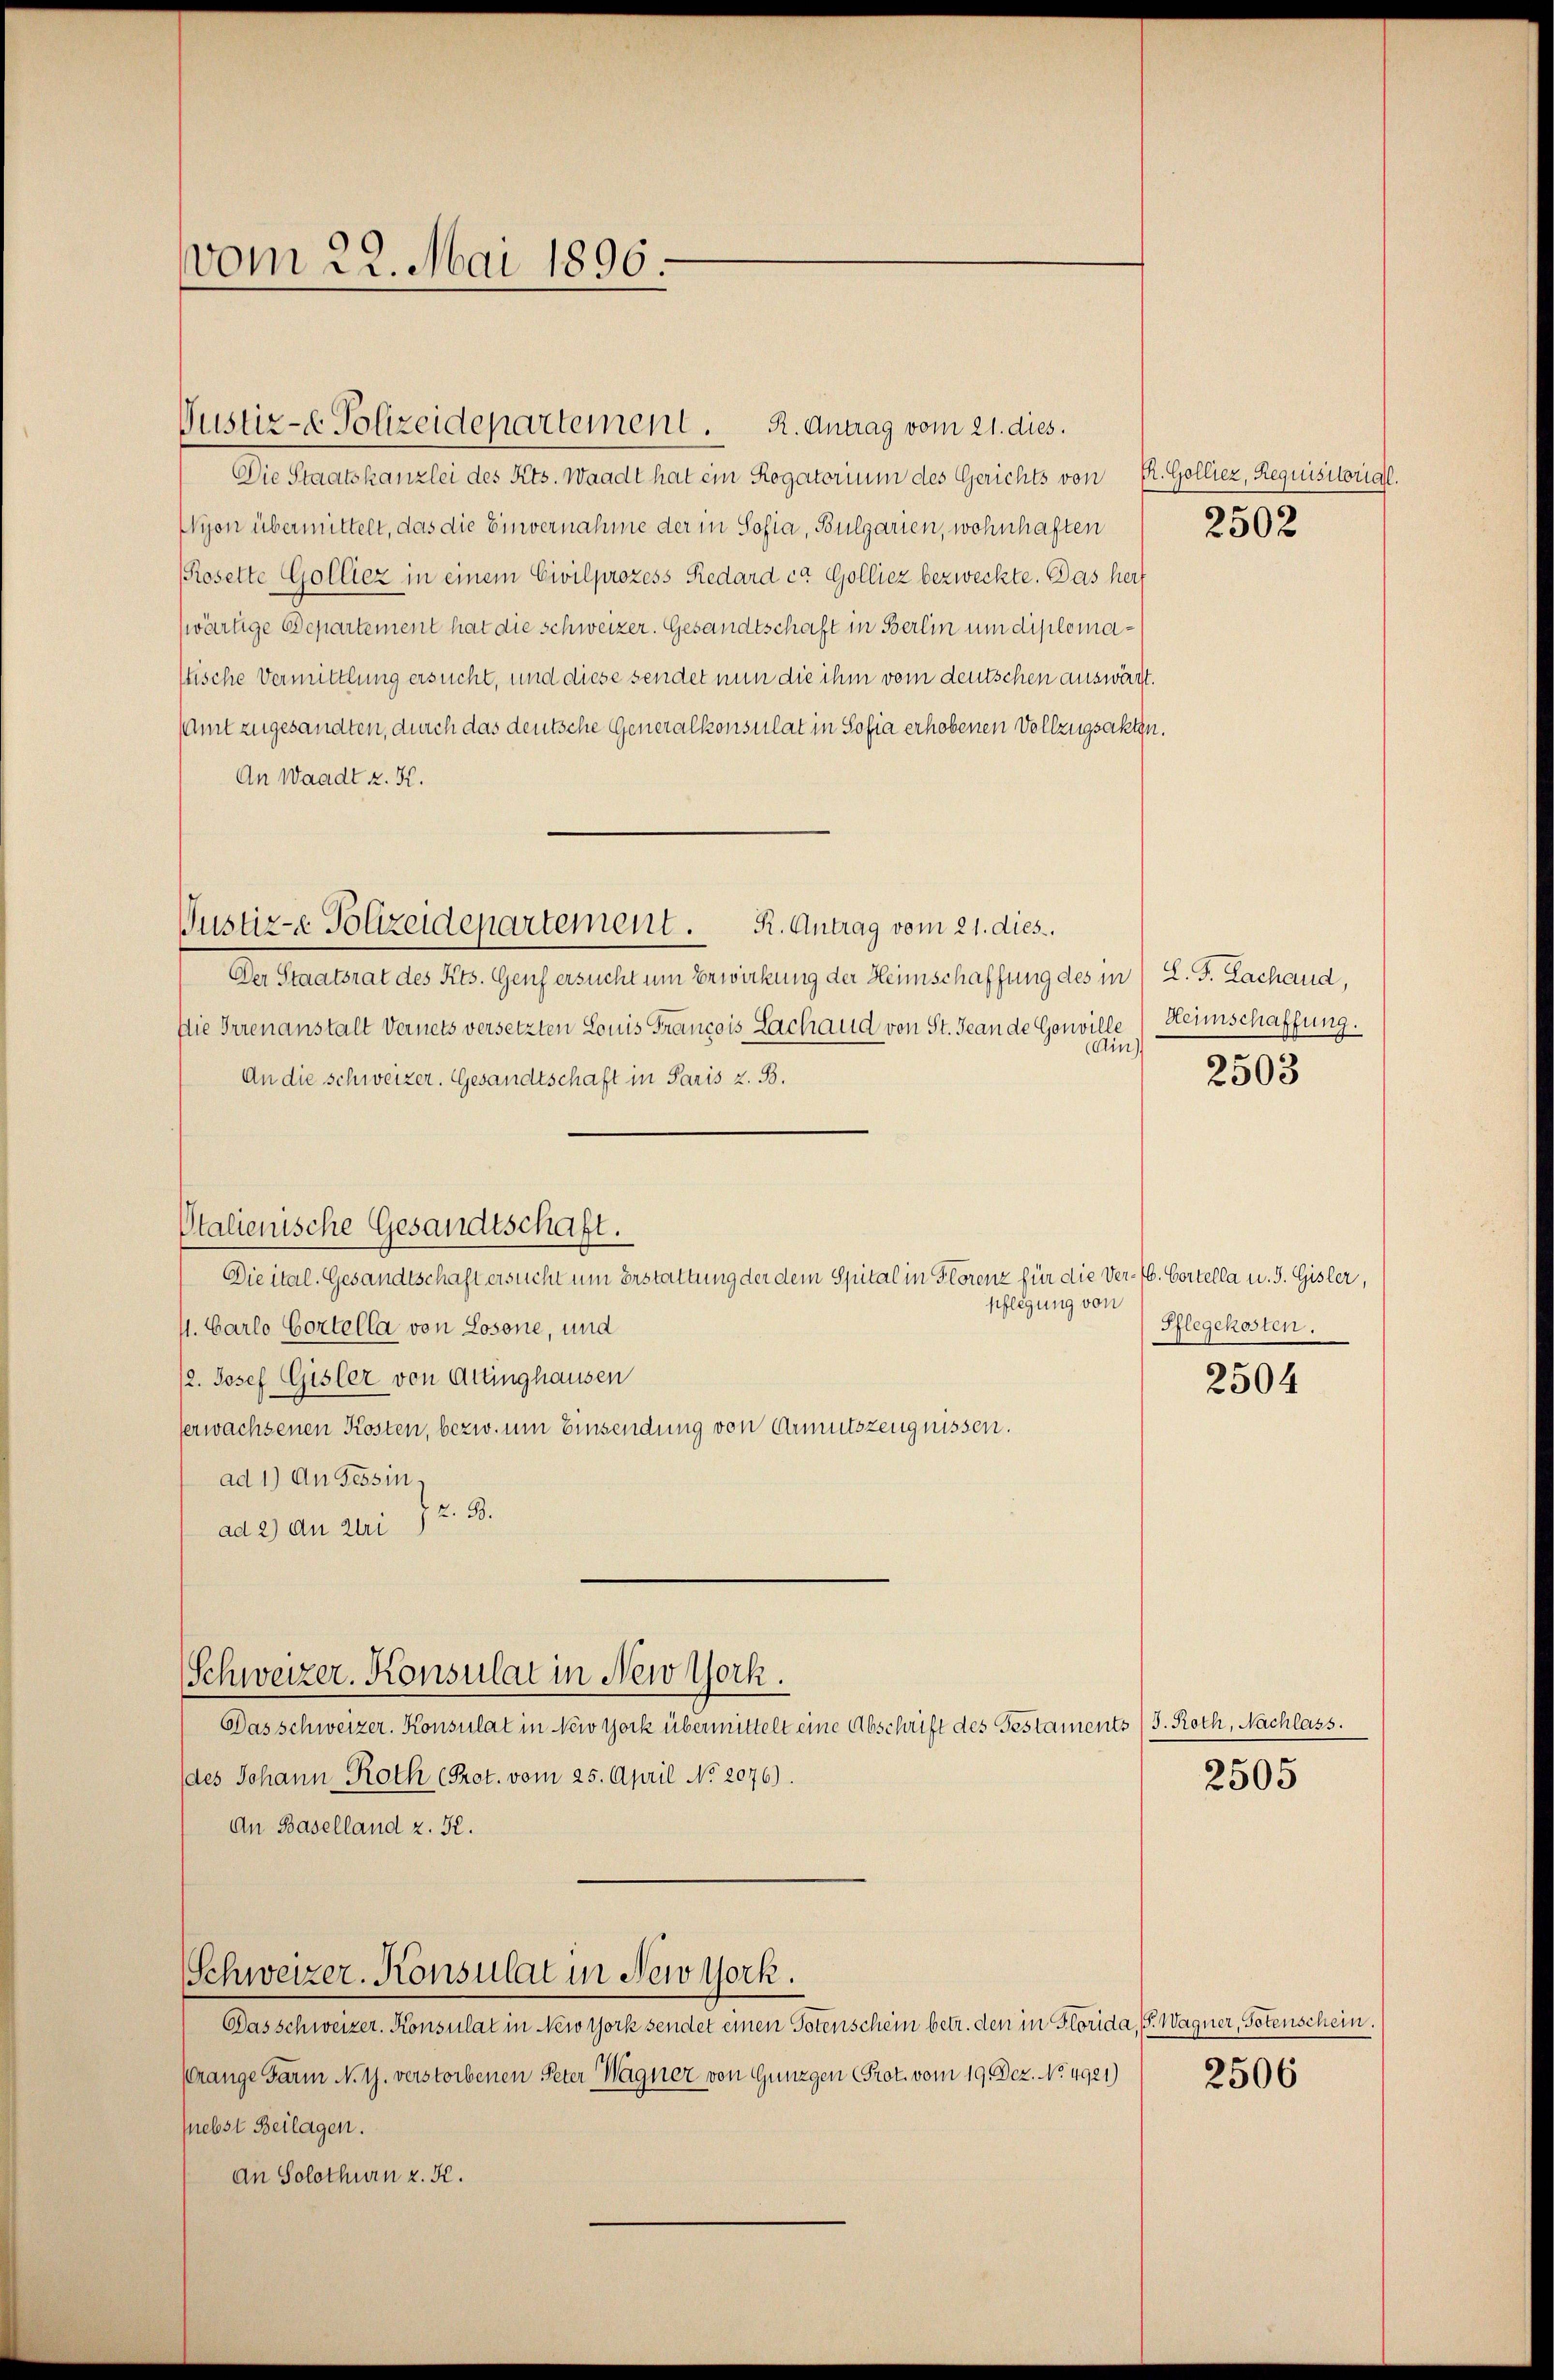
vom 22. Mai 1896.

Justiz- & Polizeidepartement. R. Antrag vom 21. dies.

Justiz-e Polizeidepartement. R. Antrag vom 21. dies

Die Staatskanzlei des Kts. Waadt hat ein Rogatorium des Gerichts von E. Golliez, Requisitorial.
Wyon übermittelt, das die Einvernahme der in Sofia, Bulgarien, wohnhaften
(Rosette Golliez in einem Civilprozess Redard ca. Golliez bezweckte. Das herf
swärtige Departement hat die Schweizer. Gesandtschaft in Berlin um diplomastische Vermittlung ersucht, und diese sendet nun die ihm vom deutschen auswirft.
samt zugesandten, durch das deutsche Generalkonsulat in Sofia erhobenen Vollzugsakten.
An Waadt z. K.
Der Staatsrat des Kts. Genf ersucht um Erwirkung der Heimschaffung des in L. F. Zachaud,
Die Irrenanstalt Vernets versetzten Louis Francois Lachaud von St. Jeande Gouville Heimschaffung.
Ain)
An die schweizer. Gesandtschaft in Paris z. B.
Otalienische Gesandtschaft.
Die ital. Gesandtschaft ersucht um Erstattung der dem Spital in Florenz für die Ver- V. Cortella u. J. Gisler,
sflegung von
1. Carlo Cortella von Losone, und
/2. Josef Gisler von Attinghausen
serwachsenen Kosten, bezw. um Einsendung von Armutszeugnissen.
ad 1) An Tessin,
z. B.
ad 2) du Ulri
Schweizer. Konsulat in New York.
Das schweizer. Konsulat in New York übermittelt eine Abschrift des Gestaments (s. Roth, Nachlass.
(des Johann Roth (Prot. vom 25. April No 2076).
An Baselland z. R.

Schweizer-Konsulat in New York.

Das schweizer. Konsulat in New York sendet einen Totenschein betr. den in Florida, G. Wagner, Totenschein.
Prange Farm N. 1. verstorbenen Peter Wagner von Günzgen (Prot. vom 19. Dez. No. 4921)
piebst Beilagen.
An Solothurn z. K.

2502

2503

Pflegekosten.

2504

2505

2506